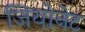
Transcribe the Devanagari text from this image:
जियोनेट